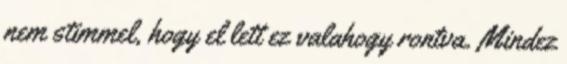
nem stimmel, hogy el lett ez valahogy rontva. Mindez